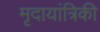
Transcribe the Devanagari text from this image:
मृदायांत्रिकी